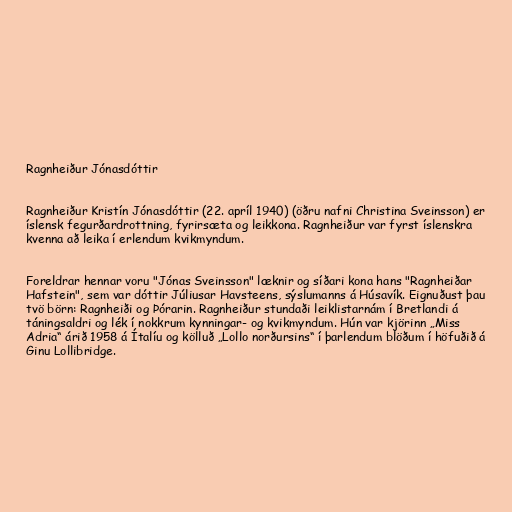
Ragnheiður Jónasdóttir

Ragnheiður Kristín Jónasdóttir (22. apríl 1940) (öðru nafni Christina Sveinsson) er
íslensk fegurðardrottning, fyrirsæta og leikkona. Ragnheiður var fyrst íslenskra
kvenna að leika í erlendum kvikmyndum.

Foreldrar hennar voru "Jónas Sveinsson" læknir og síðari kona hans "Ragnheiðar
Hafstein", sem var dóttir Júliusar Havsteens, sýslumanns á Húsavík. Eignuðust þau
tvö börn: Ragnheiði og Þórarin. Ragnheiður stundaði leiklistarnám í Bretlandi á
táningsaldri og lék í nokkrum kynningar- og kvikmyndum. Hún var kjörinn „Miss
Adria“ árið 1958 á Ítalíu og kölluð „Lollo norðursins“ í þarlendum blöðum í höfuðið á
Ginu Lollibridge.